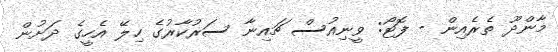
މާންދޫ ތެރެއިން - ފޮޓޯ: ވީނިއުސް ޗައިނާ ސަރުކާރުގެ ހިލޭ އެހީގެ ދަށުން